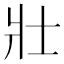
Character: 壯